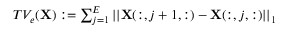
\begin{array} { r } { T V _ { e } ( \mathbf { X } ) : = \sum _ { j = 1 } ^ { E } | | \mathbf { X } ( : , j + 1 , : ) - \mathbf { X } ( : , j , : ) | | _ { 1 } } \end{array}